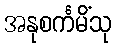
အနုစင်္ကမိံသု